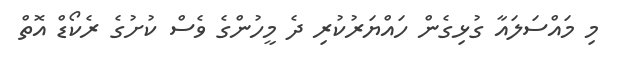
މި މައްސަލައާ ގުޅިގެން ހައްޔަރުކުރި ދެ މީހުންގެ ވެސް ކުށުގެ ރެކޯޑް އޮތް